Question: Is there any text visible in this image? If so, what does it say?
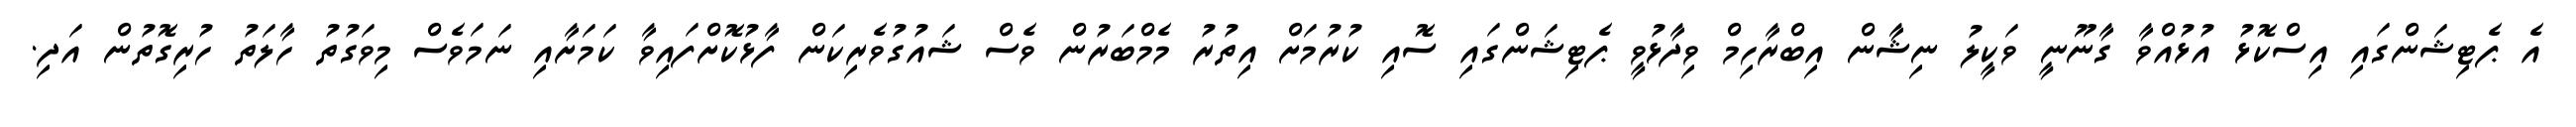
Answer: އެ ޕެޓިޝަންގައި އިސްކޮޅު އުޅުއްވާ ގާނޫނީ ވަކީލު ނިޝާން އިބްރާހިމް ވިދާޅުވީ ޕެޓިޝަންގައި ސޮއި ކުރުމަށް އިތުރު މެމްބަރުން ވެސް ޝައުގުވެރިކަން ފާޅުކޮށްފައިވާ ކަމަށާއި ނަމަވެސް މިވަގުތު ހާލަތު ހުރިގޮތުން އަދި.